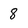
Character: 8